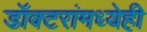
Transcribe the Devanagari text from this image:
डॉक्टरांमध्येही